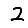
Digit: 2